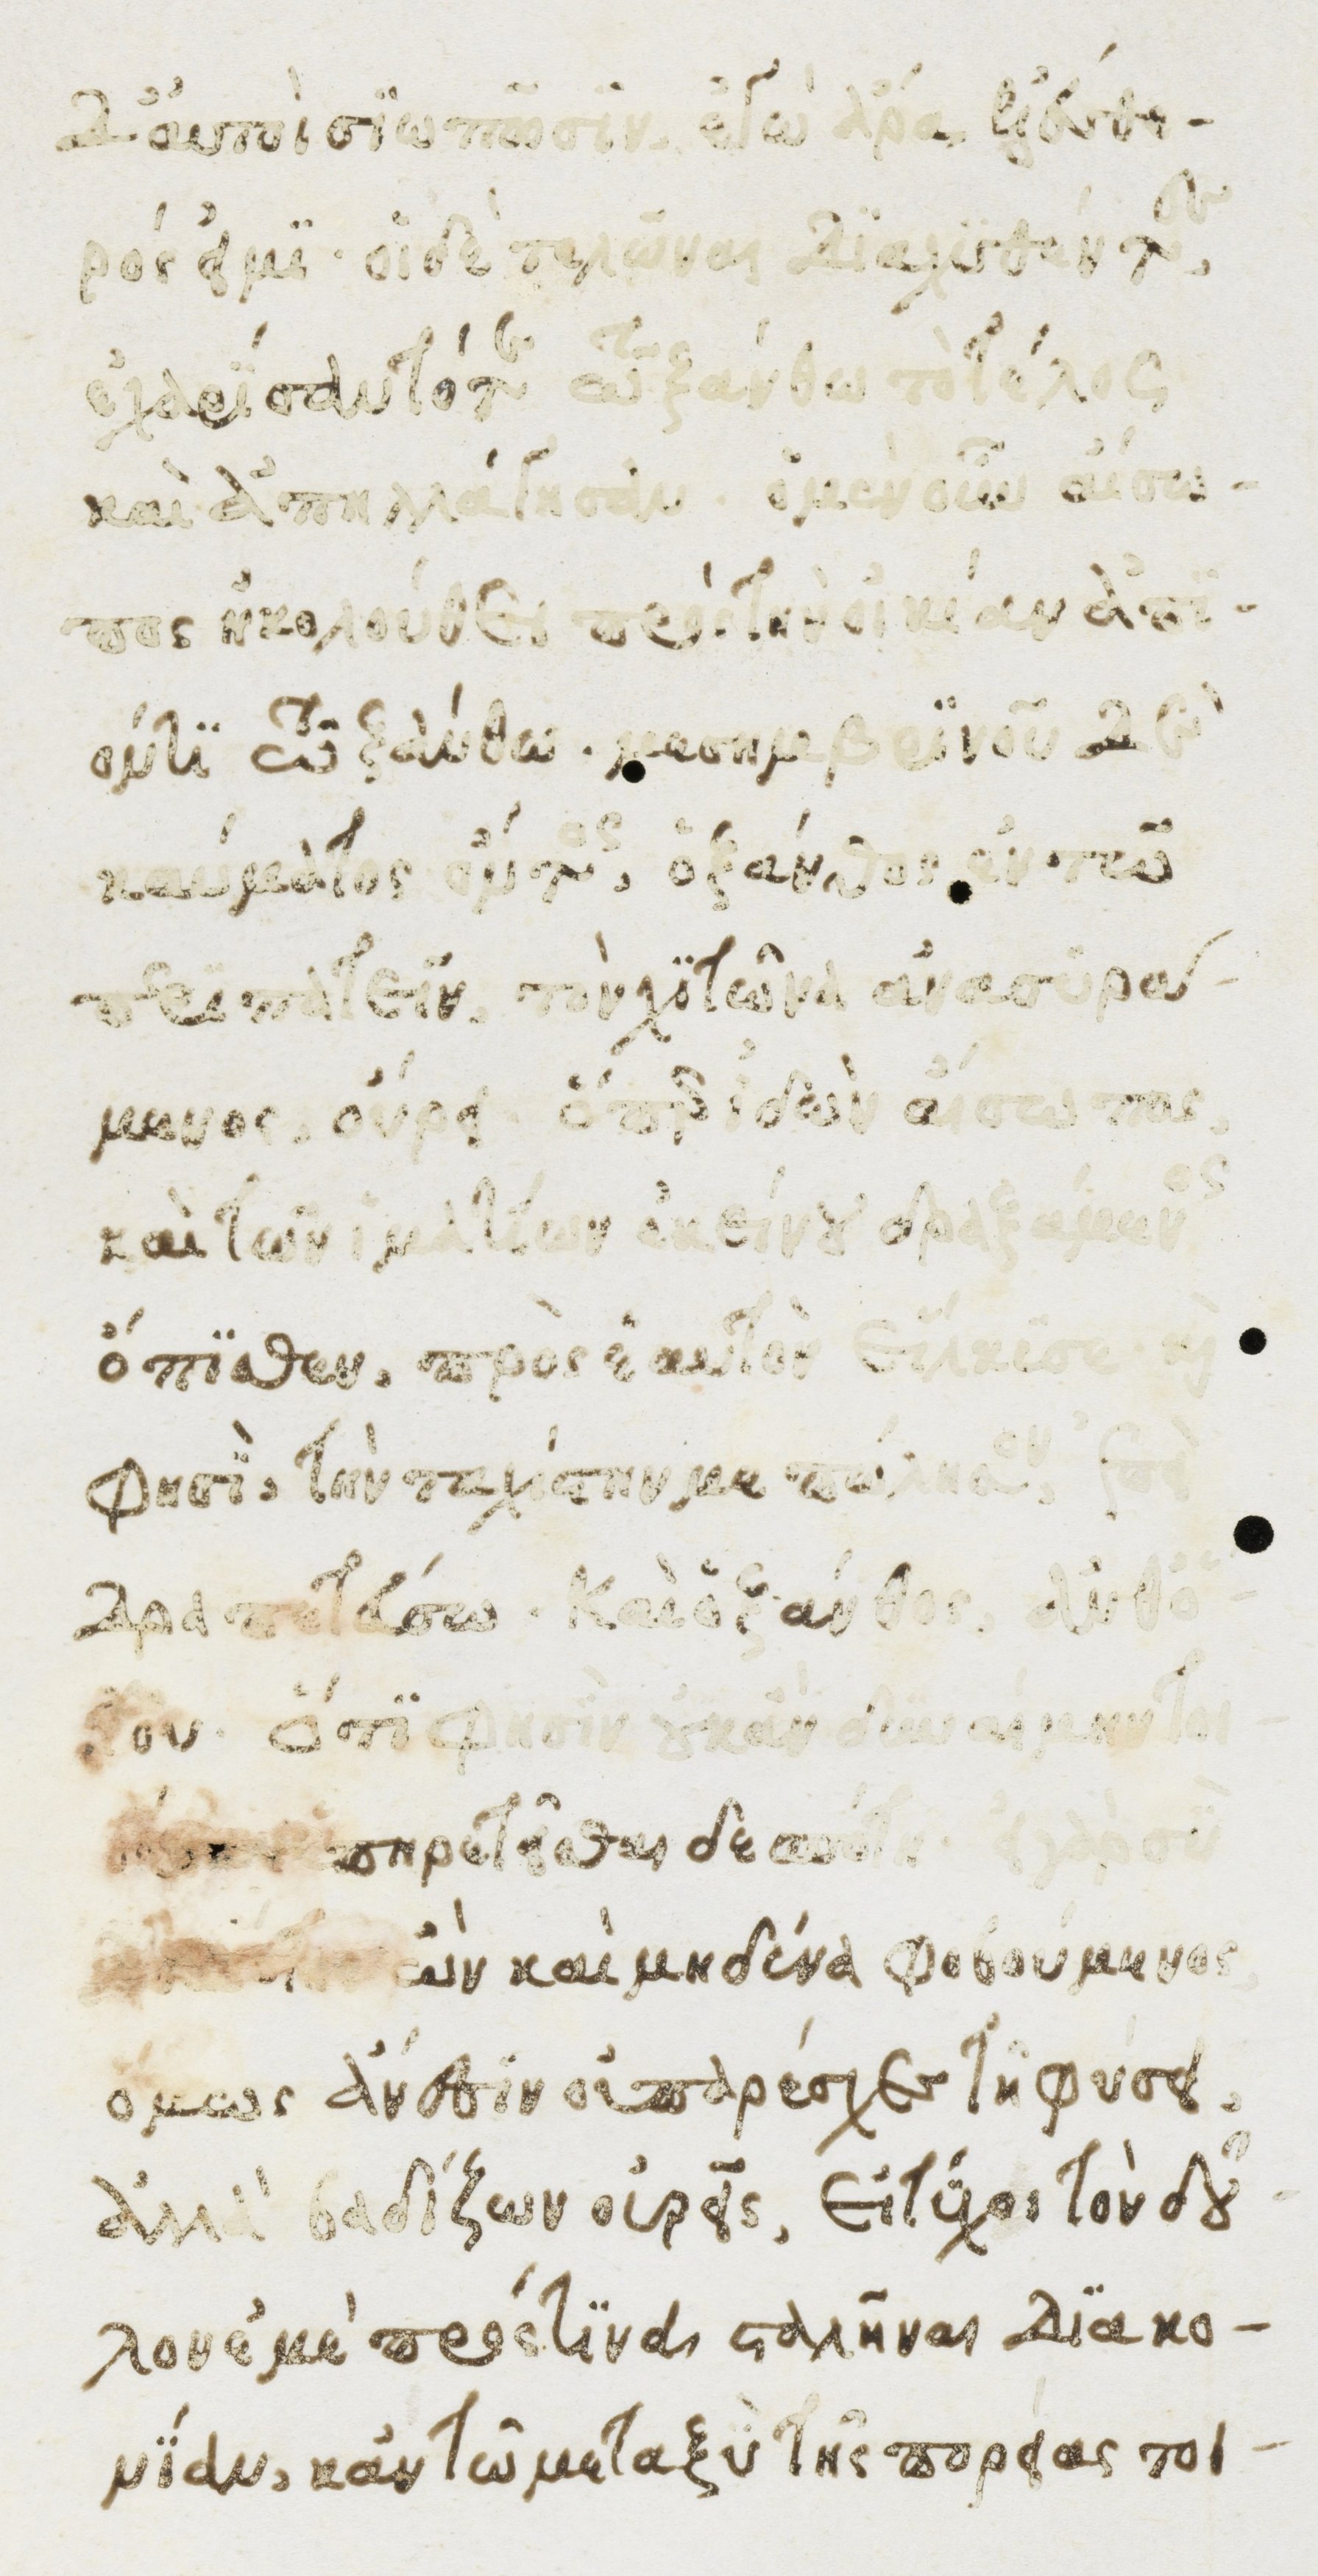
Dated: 1482–1485